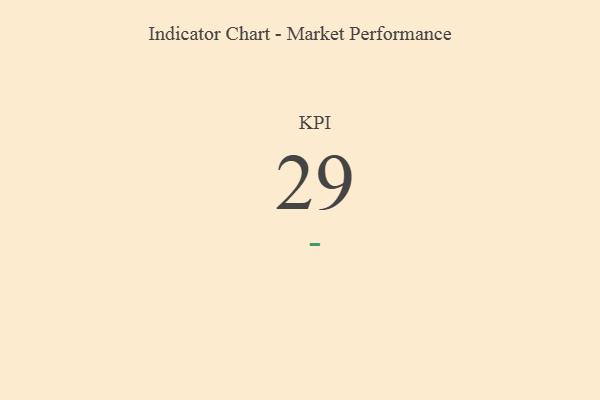
{"axis": {"x": "KPI", "y": "Value"}, "legend": [""], "data": [{"x": "KPI", "y": 29, "type": ""}]}